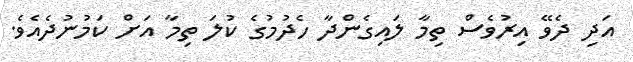
އަދި ދެވޭ އިރުވެސް ތިމާ ލައިގެންދާ ހެދުމުގެ ކުލަ ތިމާ އަށް ކަމުނުދެއެވެ.